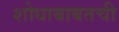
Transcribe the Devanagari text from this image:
शोधाबाबतची